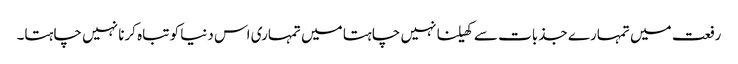
رفعت میں تمہارے جذبات سے کھیلنا نہیں چاہتا میں تمہاری اس دنیا کو تباہ کرنا نہیں چاہتا۔